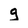
Character: g